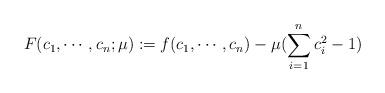
LaTeX: \begin{align*}F(c_1,\cdots,c_n;\mu):=f(c_1,\cdots,c_n)-\mu(\sum\limits_{i=1}^n c_i^2-1)\end{align*}